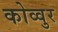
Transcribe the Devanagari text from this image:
कोव्वुर